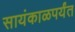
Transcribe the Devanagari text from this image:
सायंकाळपर्यंत